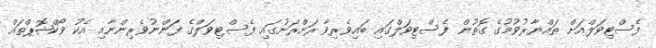
ފެސްޓިވަލްއަށް ތައްޔާރުވުމުގެ ގޮތުން ފެސްޓިވަލްގައި ބައިވެރިވާ ރަށްރަށުގައި ފެސްޓިވަލްގެ ފަންނުވެރިންނާއި އެކު ވޯކްޝޮޕްތައް